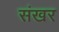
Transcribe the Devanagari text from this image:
संखर